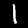
Digit: 1